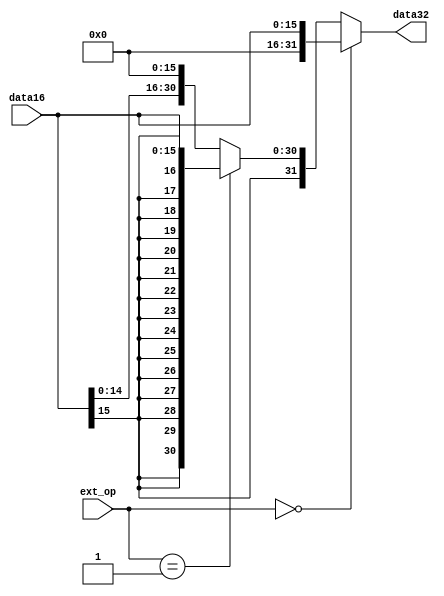
module ext(
    input [15:0] data16,
    input [1:0] ext_op,
    output reg [31:0] data32
);

always @(*) begin
    if (ext_op == 2'b00) begin
        data32 <= {16'b0, data16}; // 
    end else if(ext_op == 2'b01) begin
        data32 <= {{16{data16[15]}}, data16}; // 
    end else begin
        data32 <= {data16,16'b0}; // lui
    end
end

endmodule